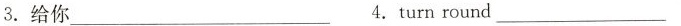
3.给你___ 4.turn round___